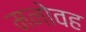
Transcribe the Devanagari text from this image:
मनोवह